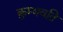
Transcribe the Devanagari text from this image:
कुम्भवति